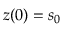
z ( 0 ) = s _ { 0 }